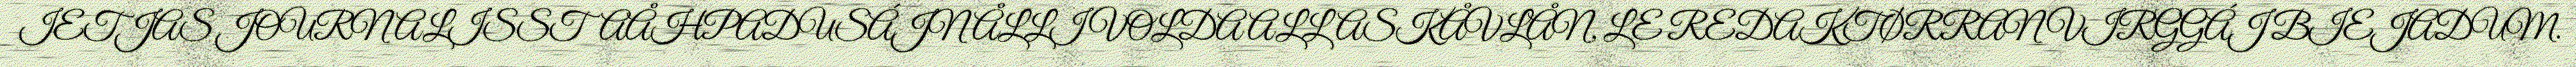
IETJAS JOURNALISSTAÅHPADUSÁJN ÅLLI VOLDA ALLASKÅVLÅN, LE REDAKTØRRAN VIRGGÁJ BIEJADUM.